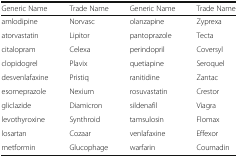
<table><thead><tr><td><b>Generic Name</b></td><td><b>Trade Name</b></td><td><b>Generic Name</b></td><td><b>Trade Name</b></td></tr></thead><tbody><tr><td>amlodipine</td><td>Norvasc</td><td>olanzapine</td><td>Zyprexa</td></tr><tr><td>atorvastatin</td><td>Lipitor</td><td>pantoprazole</td><td>Tecta</td></tr><tr><td>citalopram</td><td>Celexa</td><td>perindopril</td><td>Coversyl</td></tr><tr><td>clopidogrel</td><td>Plavix</td><td>quetiapine</td><td>Seroquel</td></tr><tr><td>desvenlafaxine</td><td>Pristiq</td><td>ranitidine</td><td>Zantac</td></tr><tr><td>esomeprazole</td><td>Nexium</td><td>rosuvastatin</td><td>Crestor</td></tr><tr><td>gliclazide</td><td>Diamicron</td><td>sildenafil</td><td>Viagra</td></tr><tr><td>levothyroxine</td><td>Synthroid</td><td>tamsulosin</td><td>Flomax</td></tr><tr><td>losartan</td><td>Cozaar</td><td>venlafaxine</td><td>Effexor</td></tr><tr><td>metformin</td><td>Glucophage</td><td>warfarin</td><td>Coumadin</td></tr></tbody></table>